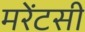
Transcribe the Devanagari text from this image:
मरेंटसी